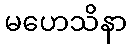
မဟေသိနာ